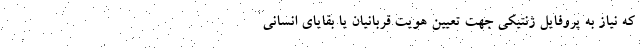
که نیاز به پروفایل ژنتیکی جهت تعیین هویت قربانیان یا بقایای انسانی